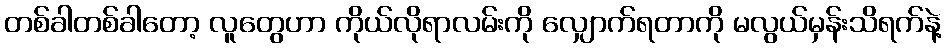
တစ်ခါတစ်ခါတော့ လူတွေဟာ ကိုယ်လိုရာလမ်းကို လျှောက်ရတာကို မလွယ်မှန်းသိရက်နဲ့